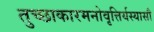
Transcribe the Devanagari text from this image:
तुच्छाकारमनोवृत्तिर्यस्यासौ